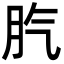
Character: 䏗